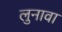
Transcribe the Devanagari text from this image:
लुनावा